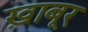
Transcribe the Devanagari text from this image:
ख़ाबूर